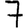
Digit: 7